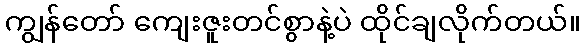
ကျွန်တော် ကျေးဇူးတင်စွာနဲ့ပဲ ထိုင်ချလိုက်တယ်။